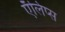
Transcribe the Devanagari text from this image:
ऍलिप्स